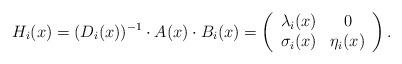
LaTeX: \begin{align*}H_i(x)=(D_i(x))\sp{-1}\cdot A(x)\cdot B_i(x)=\left( \begin{array}{cc} \lambda_i(x) & 0 \\ \sigma_i(x) & \eta_i(x) \\ \end{array} \right).\end{align*}